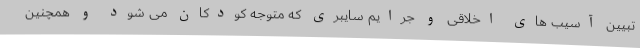
تبیین آسیب های اخلاقی و جرایم سایبری که متوجه کودکان می شود و همچنین